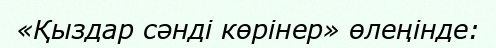
«Қыздар сәнді көрінер» өлеңінде: